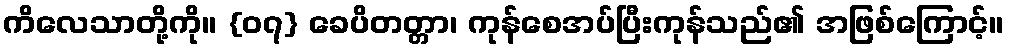
ကိလေသာတို့ကို။ {၀၇} ခေပိတတ္တာ၊ ကုန်စေအပ်ပြီးကုန်သည်၏ အဖြစ်ကြောင့်။